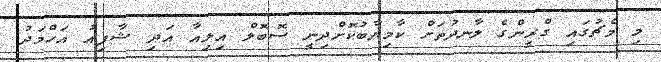
މި މެޗުގައި ގްރީންގެ ލާނދުތަށް ކާމިޔާބުކޮށްދިނީ ސޮބޮލް އިލިއާ އަދި ޝާފިއު އަހްމަދު